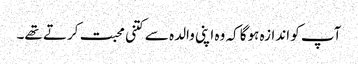
آپ کو اندازہ ہوگا کہ وہ اپنی والدہ سے کتنی محبت کرتے تھے۔